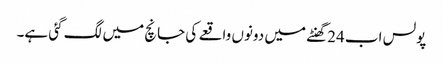
پولس اب 24گھنٹے میں دونوں واقعے کی جانچ میں لگ گئی ہے۔